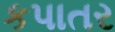
કપાતર